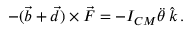
\begin{array} { r } { - ( \vec { b } + \vec { d } ) \times \vec { F } = - I _ { C M } \ddot { \theta } \, \hat { k } \, . } \end{array}